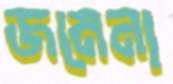
জমেনা